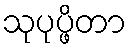
သုပုပ္ဖိတာ